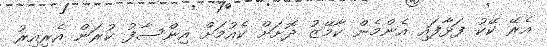
އެރޭ ކޭކު ފަޅާފައި އެންމެން ކާމޭޒު ދޮށަށް ކެއުމަށް އިންސާފު ކުރަން އެރިއިރު